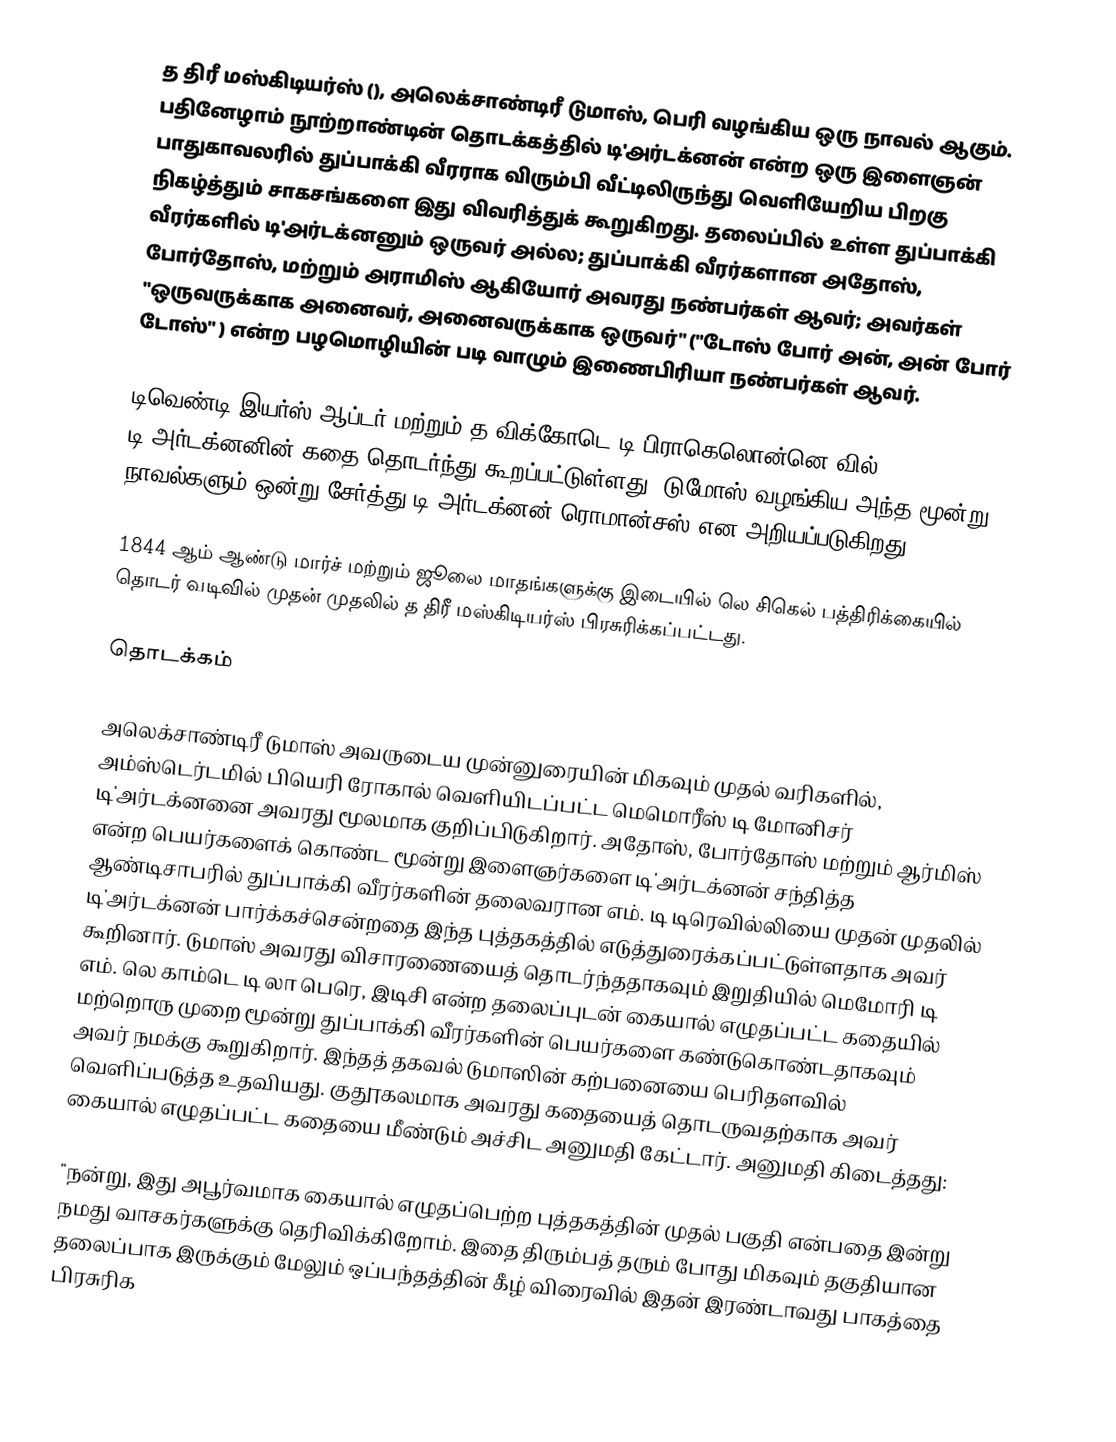
த திரீ மஸ்கிடியர்ஸ்  (), அலெக்சாண்டிரீ டுமாஸ், பெரி வழங்கிய ஒரு நாவல் ஆகும். பதினேழாம் நூற்றாண்டின் தொடக்கத்தில் டி'அர்டக்னன் என்ற ஒரு இளைஞன் பாதுகாவலரில் துப்பாக்கி வீரராக விரும்பி வீட்டிலிருந்து வெளியேறிய பிறகு நிகழ்த்தும் சாகசங்களை இது விவரித்துக் கூறுகிறது. தலைப்பில் உள்ள துப்பாக்கி வீரர்களில் டி'அர்டக்னனும் ஒருவர் அல்ல; துப்பாக்கி வீரர்களான அதோஸ், போர்தோஸ், மற்றும் அராமிஸ் ஆகியோர் அவரது நண்பர்கள் ஆவர்; அவர்கள் "ஒருவருக்காக அனைவர், அனைவருக்காக ஒருவர்" ("டோஸ் போர் அன், அன் போர் டோஸ்" ) என்ற பழமொழியின் படி வாழும் இணைபிரியா நண்பர்கள் ஆவர்.

டிவெண்டி இயர்ஸ் ஆப்டர் மற்றும் த விக்கோடெ டி பிராகெலொன்னெ வில் டி'அர்டக்னனின் கதை தொடர்ந்து கூறப்பட்டுள்ளது. டுமோஸ் வழங்கிய அந்த மூன்று நாவல்களும் ஒன்று சேர்த்து டி'அர்டக்னன் ரொமான்சஸ் என அறியப்படுகிறது.

1844 ஆம் ஆண்டு மார்ச் மற்றும் ஜூலை மாதங்களுக்கு இடையில் லெ சிகெல் பத்திரிக்கையில் தொடர் வடிவில் முதன் முதலில் த திரீ மஸ்கிடியர்ஸ் பிரசுரிக்கப்பட்டது.

தொடக்கம்

அலெக்சாண்டிரீ டுமாஸ் அவருடைய முன்னுரையின் மிகவும் முதல் வரிகளில், அம்ஸ்டெர்டமில் பியெரி ரோகால் வெளியிடப்பட்ட மெமொரீஸ் டி மோனிசர் டி'அர்டக்னனை அவரது மூலமாக குறிப்பிடுகிறார். அதோஸ், போர்தோஸ் மற்றும் ஆர்மிஸ் என்ற பெயர்களைக் கொண்ட மூன்று இளைஞர்களை டி'அர்டக்னன் சந்தித்த ஆண்டிசாபரில் துப்பாக்கி வீரர்களின் தலைவரான எம். டி டிரெவில்லியை முதன் முதலில் டி'அர்டக்னன் பார்க்கச்சென்றதை இந்த புத்தகத்தில் எடுத்துரைக்கப்பட்டுள்ளதாக அவர் கூறினார். டுமாஸ் அவரது விசாரணையைத் தொடர்ந்ததாகவும் இறுதியில் மெமோரி டி எம். லெ காம்டெ டி லா பெரெ, இடிசி என்ற தலைப்புடன் கையால் எழுதப்பட்ட கதையில் மற்றொரு முறை மூன்று துப்பாக்கி வீரர்களின் பெயர்களை கண்டுகொண்டதாகவும் அவர் நமக்கு கூறுகிறார். இந்தத் தகவல் டுமாஸின் கற்பனையை பெரிதளவில் வெளிப்படுத்த உதவியது. குதூகலமாக அவரது கதையைத் தொடருவதற்காக அவர் கையால் எழுதப்பட்ட கதையை மீண்டும் அச்சிட அனுமதி கேட்டார். அனுமதி கிடைத்தது:

"நன்று, இது அபூர்வமாக கையால் எழுதப்பெற்ற புத்தகத்தின் முதல் பகுதி என்பதை இன்று நமது வாசகர்களுக்கு தெரிவிக்கிறோம். இதை திரும்பத் தரும் போது மிகவும் தகுதியான தலைப்பாக இருக்கும் மேலும் ஒப்பந்தத்தின் கீழ் விரைவில் இதன் இரண்டாவது பாகத்தை பிரசுரிக